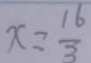
x = \frac { 1 6 } { 3 }